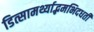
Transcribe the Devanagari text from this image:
डित्सामर्थ्याद्भमभिदधती